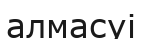
алмасуі